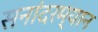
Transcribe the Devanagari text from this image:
सनांदरम्यान